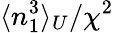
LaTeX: \langle n_{1}^{3}\rangle_{U}/\chi^{2}